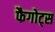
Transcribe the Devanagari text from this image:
फैगोट्स